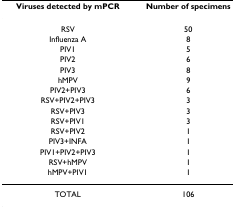
<table><thead><tr><td><b>Viruses detected by mPCR</b></td><td><b>Number of specimens</b></td></tr></thead><tbody><tr><td>RSV</td><td>50</td></tr><tr><td>Influenza A</td><td>8</td></tr><tr><td>PIV1</td><td>5</td></tr><tr><td>PIV2</td><td>6</td></tr><tr><td>PIV3</td><td>8</td></tr><tr><td>hMPV</td><td>9</td></tr><tr><td>PIV2+PIV3</td><td>6</td></tr><tr><td>RSV+PIV2+PIV3</td><td>3</td></tr><tr><td>RSV+PIV3</td><td>3</td></tr><tr><td>RSV+PIV1</td><td>3</td></tr><tr><td>RSV+PIV2</td><td>1</td></tr><tr><td>PIV3+INFA</td><td>1</td></tr><tr><td>PIV1+PIV2+PIV3</td><td>1</td></tr><tr><td>RSV+hMPV</td><td>1</td></tr><tr><td>hMPV+PIV1</td><td>1</td></tr><tr><td>TOTAL</td><td>106</td></tr></tbody></table>